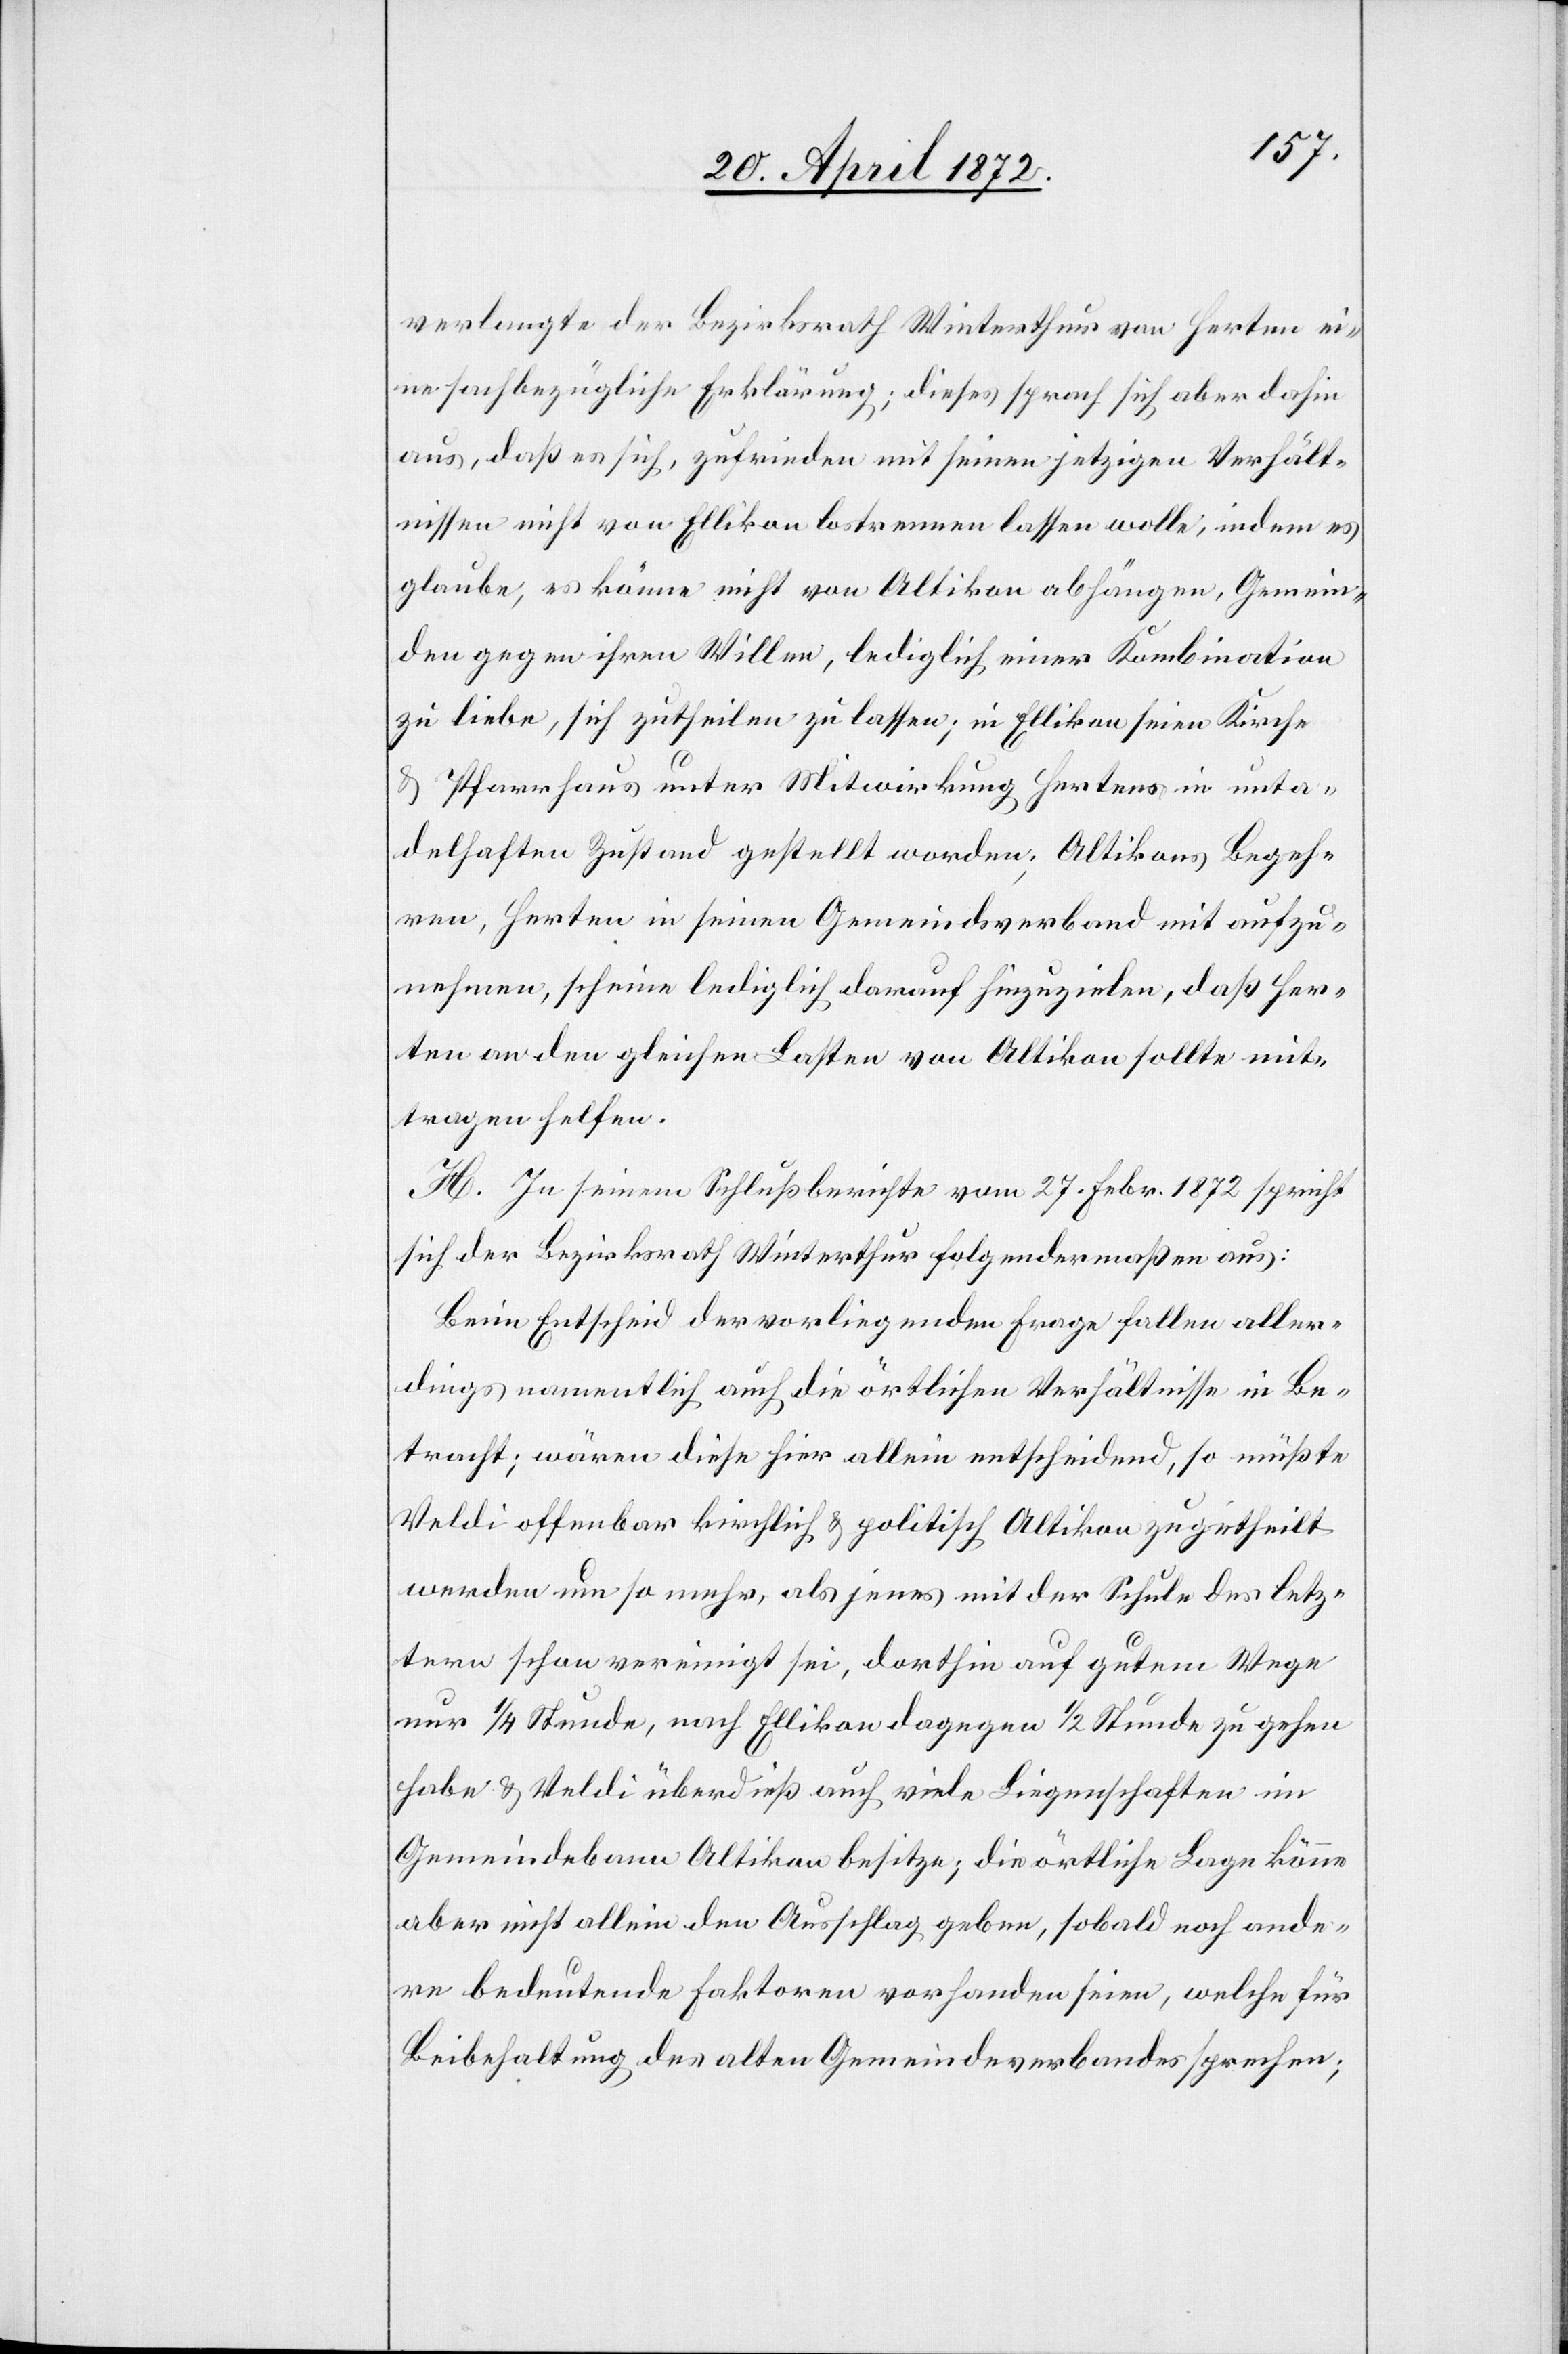
verlangte der Bezirksrath Winterthur von Herten ei¬
ne sachbezügliche Erklärung; dieses sprach sich aber dahin
aus, daß es sich, zufrieden mit seinen jetzigen Verhält¬
nissen[,] nicht von Ellikon lostrennen lassen wolle, indem es
glaube, es könne nicht von Altikon abhängen, Gemein¬
den gegen ihren Willen, lediglich einer Kombination
zu liebe, sich zutheilen zu lassen; in Ellikon seien Kirche
u. Pfarrhaus unter Mitwirkung Hertens in unta¬
delhaften Zustand gestellt worden; Altikons Begeh¬
ren, Herten in seinen Gemeindsverband mit aufzu¬
nehmen, scheine lediglich darauf hinzuzielen, daß Her¬
ten an den gleichen Lasten von Altikon sollte mit¬
tragen helfen.
H. In seinem Schlußberichte vom 27. Febr. 1872 spricht
sich der Bezirksrath Winterthur folgendermaßen aus:
Beim Entscheid der vorliegenden Frage fallen aller¬
dings namentlich auch die örtlichen Verhältnisse in Be¬
tracht; wären diese hier allein entscheidend, so müßte
Veldi offenbar kirchlich u. politisch Altikon zugetheilt
werden um so mehr, als jenes mit der Schule des letz¬
tern schon vereinigt sei, dorthin auf gutem Wege
nur 1/4 Stunde, nach Ellikon dagegen 1/2 Stunde zu gehen
habe u. Veldi überdieß auch viele Liegenschaften im
Gemeindebann Altikon besitze; die örtliche Lage könne
aber nicht allein den Ausschlag geben, sobald noch ande¬
re bedeutende Faktoren vorhanden seien, welche für
Beibehaltung des alten Gemeindeverbandes sprechen;